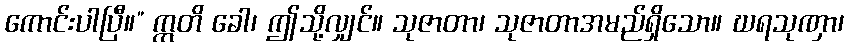
ကောင်းပါပြီ။” ဣတိ ခေါ၊ ဤသို့လျှင်။ သုဇာတာ၊ သုဇာတာအမည်ရှိသော။ ဃရသုဏှာ၊